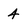
Character: 4